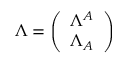
\Lambda = \left( \begin{array} { l } { { \Lambda ^ { A } } } \\ { { \Lambda _ { A } } } \end{array} \right)